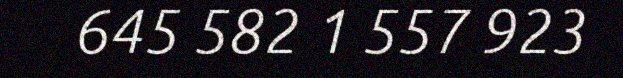
645 582 1 557 923